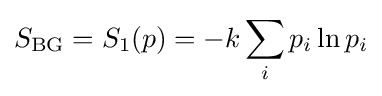
S_{\text{BG}}=S_{1}(p)=-k\sum _{i}p_{i}\ln p_{i}